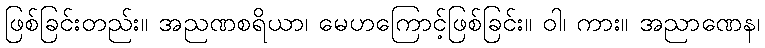
ဖြစ်ခြင်းတည်း။ အညဏစရိယာ၊ မေဟကြောင့်ဖြစ်ခြင်း။ ဝါ၊ ကား။ အညာဏေန၊